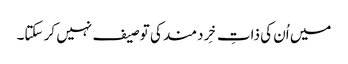
میں اُن کی ذاتِ خِردمند کی توصیف نہیں کر سکتا۔